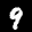
Label: 9